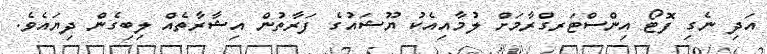
އަދި ނެގި ފޮޓޯ އިންސްޓަރގްރާމަށް ލުމާއިއެކު ޔޫޝައުގެ ފަރާތުން އިޝާރާތެއް ލިބިގެން ދިޔައެވެ.